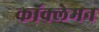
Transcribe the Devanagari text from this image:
कॉक्लेमन